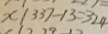
X \vert 3 3 7 - 1 3 = 3 2 4